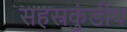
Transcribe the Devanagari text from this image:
सहस्रकुंडीय